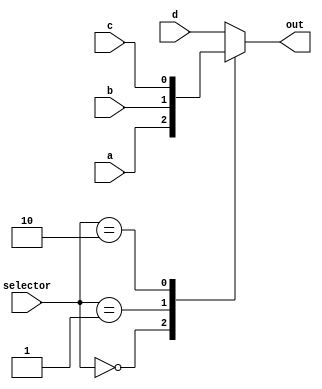
module Multiplexer_4_to_1
(
	input [1:0]selector,
	input a,
	input b,
	input c,
	input d,
	
	output reg out
);

always@(selector, a, b, c, d)begin
	case (selector)
		2'b00:
			out = a;
		2'b01:
			out = b;
		2'b10:
			out = c;
		default:
			out = d;
	endcase
end


endmodule